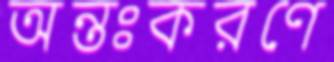
অন্তঃকরণে